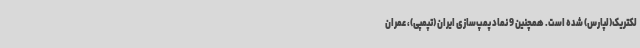
لکتریک(لپارس) شده است. همچنین 9 نماد پمپ‌سازی ایران (تپمپی)، عمران